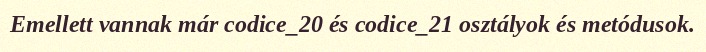
Emellett vannak már codice_20 és codice_21 osztályok és metódusok.